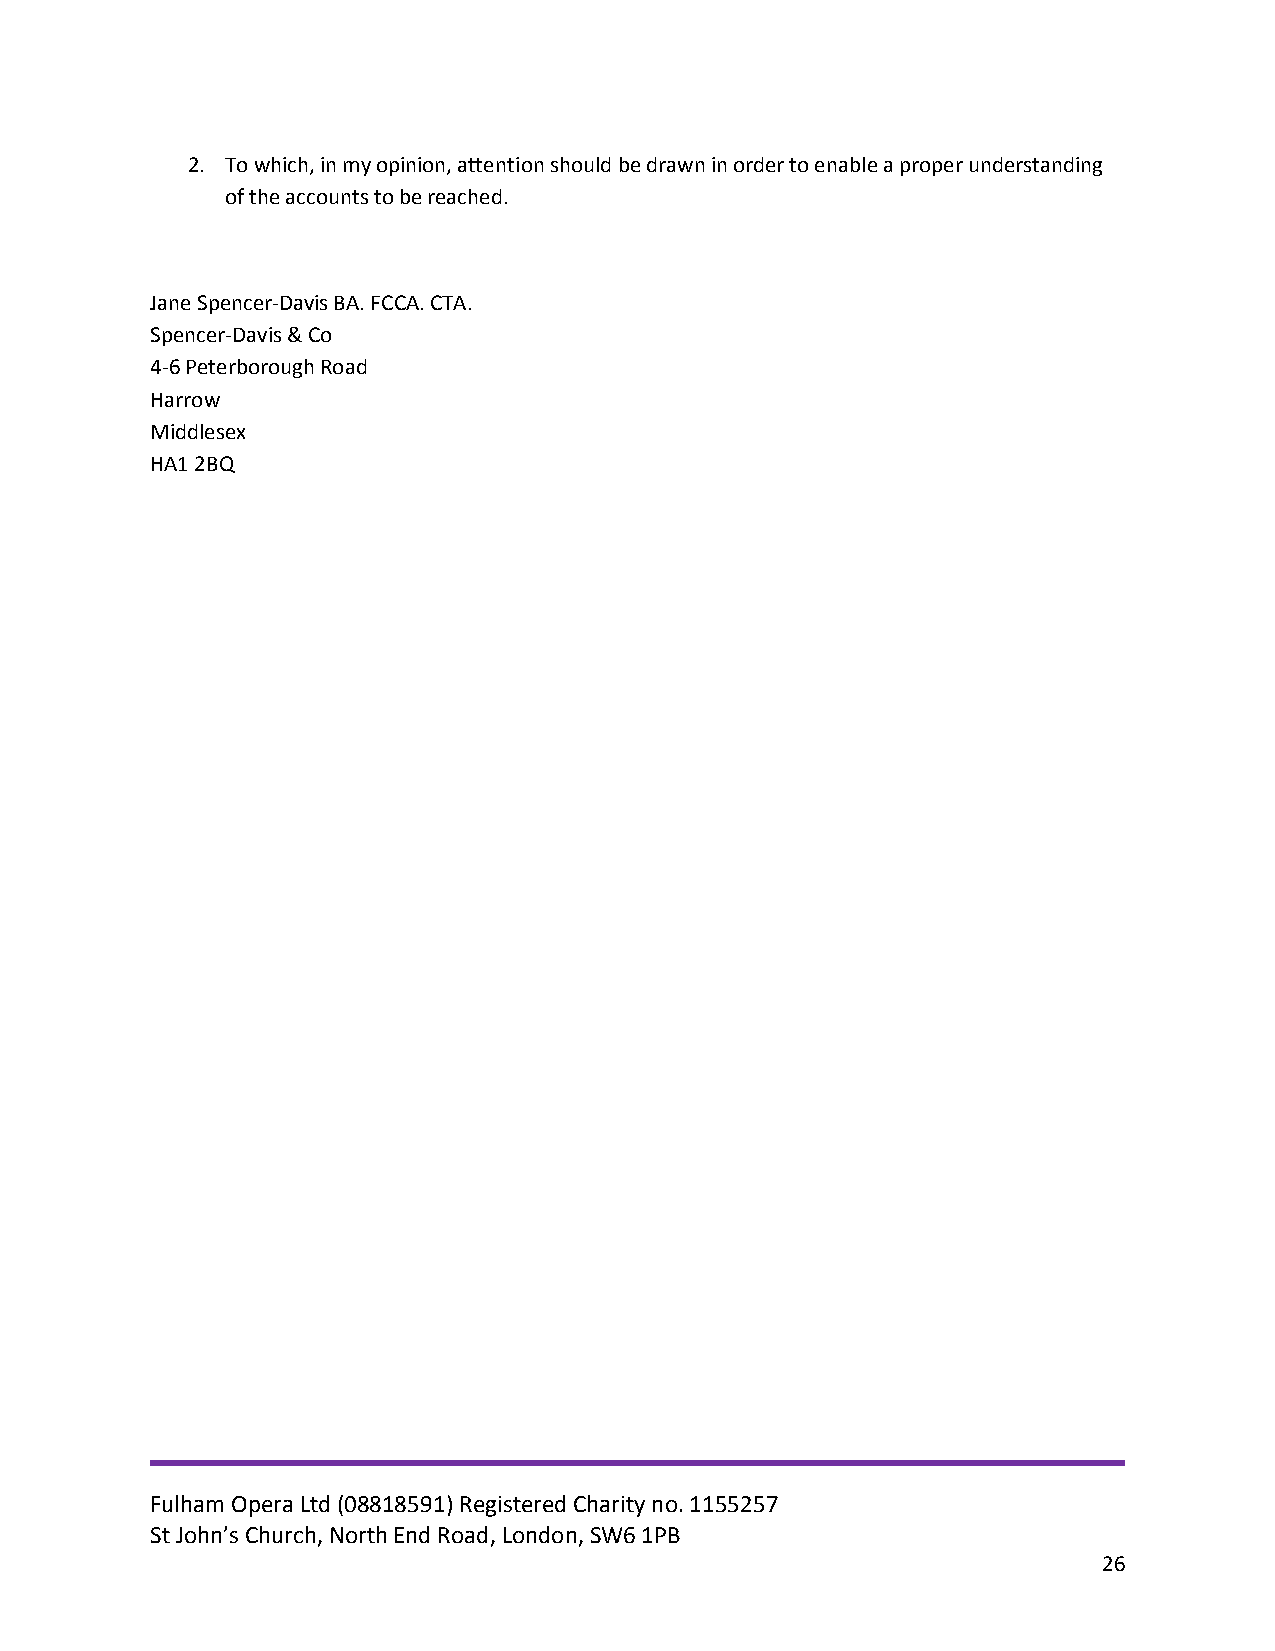
2. To which, in my opinion, attention should be drawn in order to enable a proper understanding
 of the accounts to be reached.
 Jane Spencer-Davis BA. FCCA. CTA.
 Spencer-Davis & Co
 4-6 Peterborough Road
 Harrow
 Middlesex
 HA1 2BQ
 Fulham Opera Ltd (08818591) Registered Charity no. 1155257
 St John’s Church, North End Road, London, SW6 1PB
 26